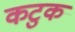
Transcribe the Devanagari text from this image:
कटुक